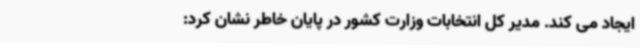
ایجاد می کند. مدیر کل انتخابات وزارت کشور در پایان خاطر نشان کرد: